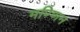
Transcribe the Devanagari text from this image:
मण्णिन